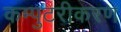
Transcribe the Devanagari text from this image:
कम्पुटरीकरण